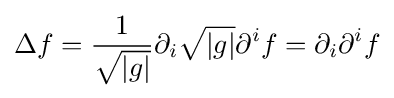
\Delta f={\frac {1}{\sqrt {|g|}}}\partial _{i}{\sqrt {|g|}}\partial ^{i}f=\partial _{i}\partial ^{i}f